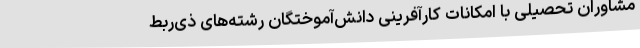
مشاوران تحصیلی با امکانات کارآفرینی دانش‌آموختگان رشته‌های ذی‌ربط